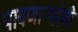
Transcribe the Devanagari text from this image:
पावणार्‍यांची